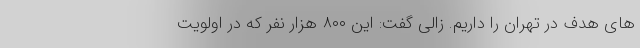
های هدف در تهران را داریم. زالی‌ گفت: این ۸۰۰ هزار نفر که در اولویت